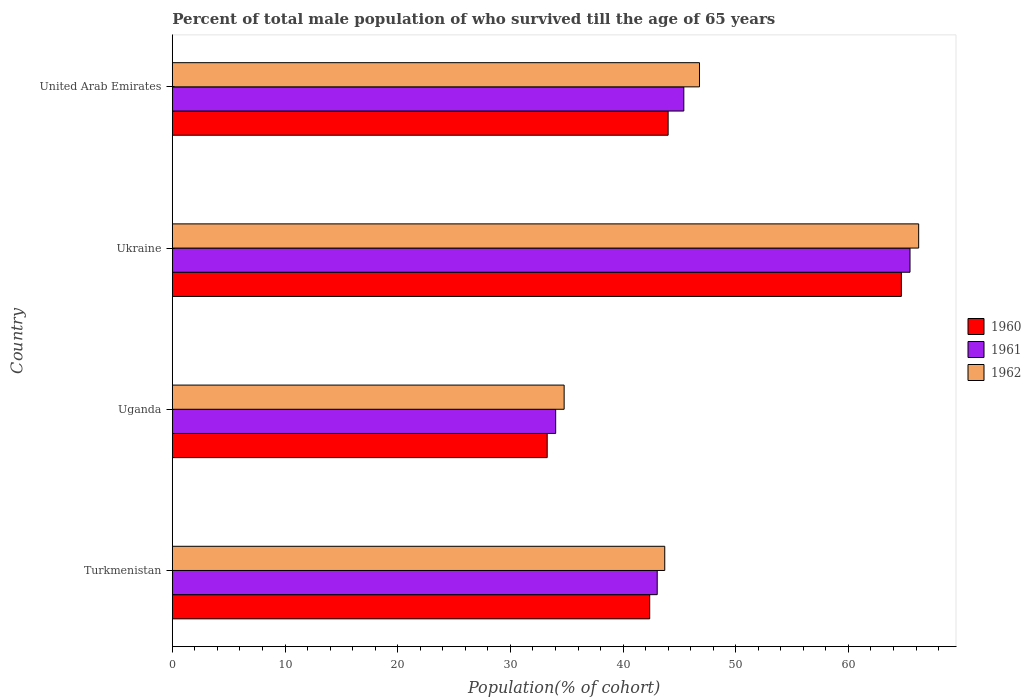
| Country | 1960 | 1961 | 1962 |
 | --- | --- | --- | --- |
 | Turkmenistan | 42.4 | 43 | 43.7 |
 | Uganda | 33.3 | 34 | 34.8 |
 | Ukraine | 64.7 | 65.5 | 66.2 |
 | United Arab Emirates | 44 | 45.4 | 46.8 |